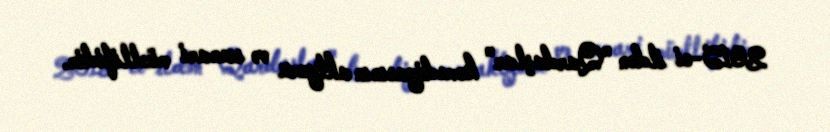
2015-ci ildən "Qardaşlar" komediyasının aktyoru və ssenari müəllifidir.